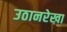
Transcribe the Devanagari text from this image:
उठानरेखा